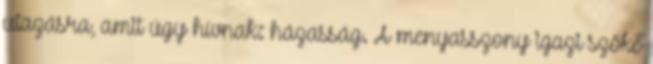
utazásra, amit úgy hívnak: házasság. A menyasszony igazi szőke